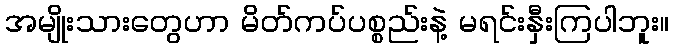
အမျိုးသားတွေဟာ မိတ်ကပ်ပစ္စည်းနဲ့ မရင်းနှီးကြပါဘူး။